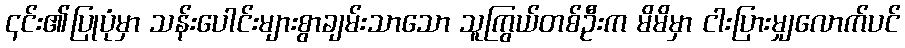
၎င်း၏ပြုပုံမှာ သန်းပေါင်းများစွာချမ်းသာသော သူကြွယ်တစ်ဦးက မိမိမှာ ငါးပြားမျှလောက်ပင်